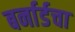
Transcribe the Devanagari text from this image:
बर्नार्डचा